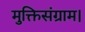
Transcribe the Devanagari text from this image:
मुक्तिसंग्राम।